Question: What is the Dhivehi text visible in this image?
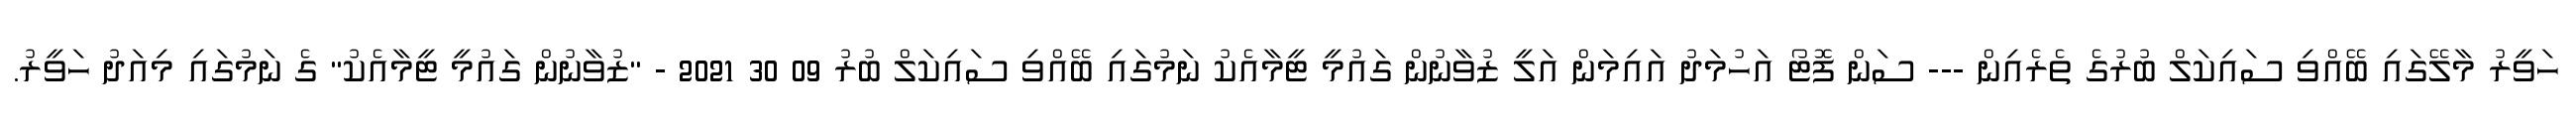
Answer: ހަވީރު މާލޭގައި ބޭއްވި ސައިކަލް ބުރުގެ ތެރެއިން --- ސަން ފޮޓޯ އަހުމަދު އައިމަން އަލީ ޒުވާނުން ގައުމީ ޓީމާއެކު ނަމުގައި ބޭއްވި ސައިކަލް ބުރު 09 30 2021 - "ޒުވާނުން ގައުމީ ޓީމާއެކު" ގެ ނަމުގައި މިއަދު ހަވީރު.